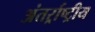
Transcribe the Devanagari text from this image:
अंतर्र्राष्‍ट्रीय